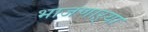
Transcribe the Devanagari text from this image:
भाजणाऱ्या